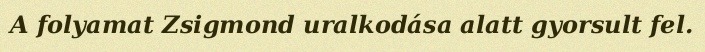
A folyamat Zsigmond uralkodása alatt gyorsult fel.